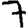
Digit: 7